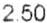
2.50